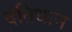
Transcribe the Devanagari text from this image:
दंतिधान